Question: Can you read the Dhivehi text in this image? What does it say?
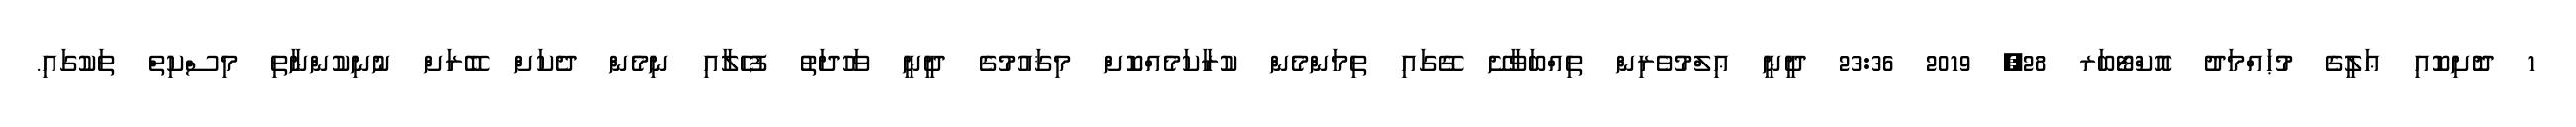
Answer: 1 ދޮށިކޮއި ޢަލީގެ މުޙައްމަދު އޮކްޓޯބަރ 28, 2019 23:36 ދީނީ ޢިލްމުވެރިން ތިއްބަވާށޭ ގޭގައި ތިމަންމެން ކުރާކަމެއްކޮށް މިޤައުމުގެ ދީނީ ވަހުދަތު ފުހެލާއި ނިމެން ދެކަށް ބޭރަށް ނުނިކުންނާތި މިސްކިތް ތަކުގައި.